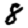
Digit: 8